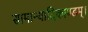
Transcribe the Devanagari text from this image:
सामान्यादिकाण्डम्।